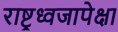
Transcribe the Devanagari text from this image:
राष्ट्रध्वजापेक्षा